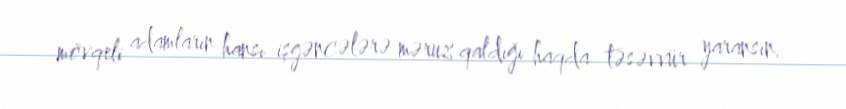
mövqeli adamların hansı işgəncələrə məruz qaldığı haqda təsəvvür yaransın.